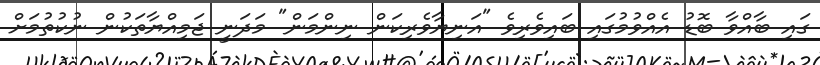
ގައި ބާއްވާ ބޮޑު އެއްވުމުގައި ބައިވެރިވެ "އަނިޔާވެރިކަން ނިންމަން" މަދަނީ ޖަމިއްޔާތަކުން ނުކުތުމަށް